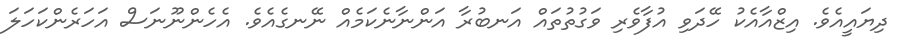
ދިޔައީއެވެ. އިޒްއާއެކު ހޭދަވި އުފާވެރި ވަގުތުތައް އަނބުރާ އަންނާނެކަމެއް ނޭނގެއެވެ. އެހެންނޫނަސް އަހަރެންކަހަލަ